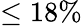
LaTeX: \leq 18\%